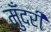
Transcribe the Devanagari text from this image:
मुँदरी